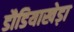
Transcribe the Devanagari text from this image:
डौडियाखेड़ा